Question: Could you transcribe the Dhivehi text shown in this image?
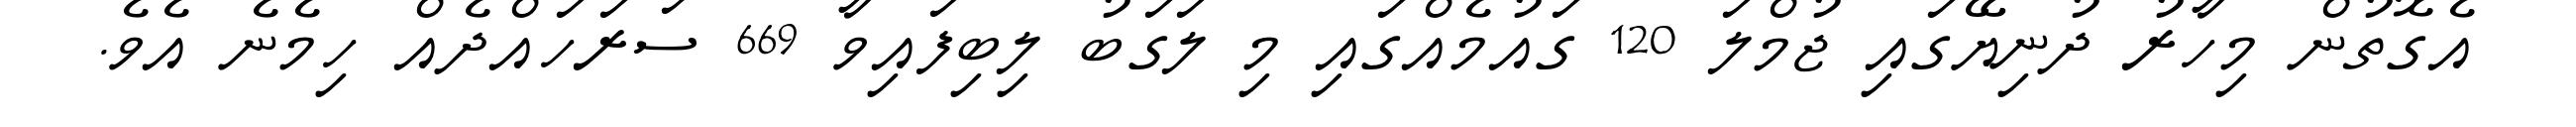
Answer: އެގޮތުން މިހާރު ދުނިޔޭގައި ޖުމްލަ 120 ގައުމެއްގައި މި ލަގަބު ލިބިފައިވާ 669 ސަރަހައްދެއް ހިމެނެ އެވެ.